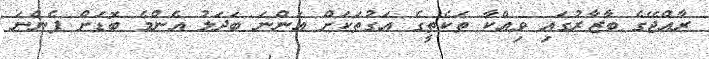
ރާއްޖޭގެ ބާޒާރުގައި ވިއްކާ ތަކެތީގެ އަގުތަކަށް އަންނަ ބަދަލު އެންމެ ބޮޑަށް ފެންނަ